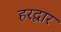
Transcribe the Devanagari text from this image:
हरद्वार